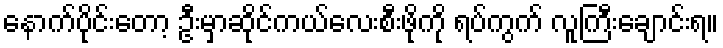
နောက်ပိုင်းတော့ ဦးမှာဆိုင်ကယ်လေးစီးဖိုကို ရပ်ကွက် လူကြီးချောင်းရ။